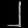
Digit: ၂